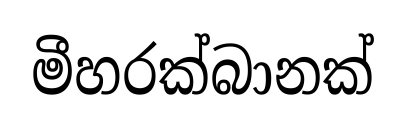
මීහරක්බානක්